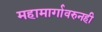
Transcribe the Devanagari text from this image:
महामार्गावरुनही